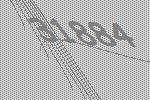
31884